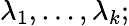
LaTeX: \lambda_{1},\dots,\lambda_{k};